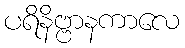
ပရိနိဗ္ဗာနကာလေ